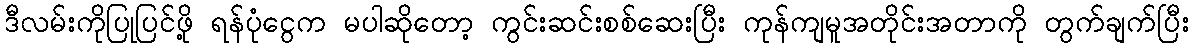
ဒီလမ်းကိုပြုပြင်ဖို့ ရန်ပုံငွေက မပါဆိုတော့ ကွင်းဆင်းစစ်ဆေးပြီး ကုန်ကျမူအတိုင်းအတာကို တွက်ချက်ပြီး